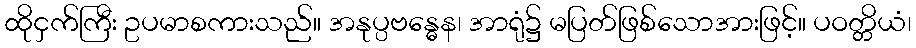
ထိုငှက်ကြီး ဥပမာစကားသည်။ အနုပ္ပဗန္ဓေန၊ အာရုံ၌ မပြတ်ဖြစ်သောအားဖြင့်။ ပဝတ္တိယံ၊